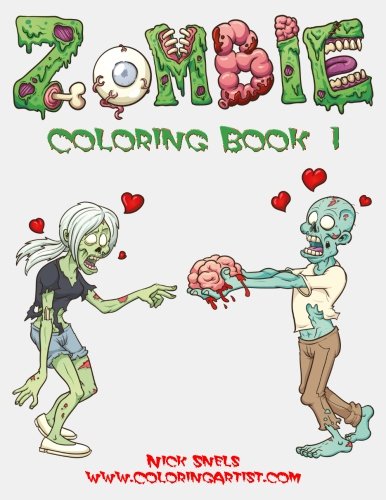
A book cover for Zombie Coloring Book 1 (Volume 1); Nick Snels; Comics & Graphic Novels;